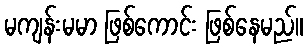
မကျန်းမမာ ဖြစ်ကောင်း ဖြစ်နေမည်။